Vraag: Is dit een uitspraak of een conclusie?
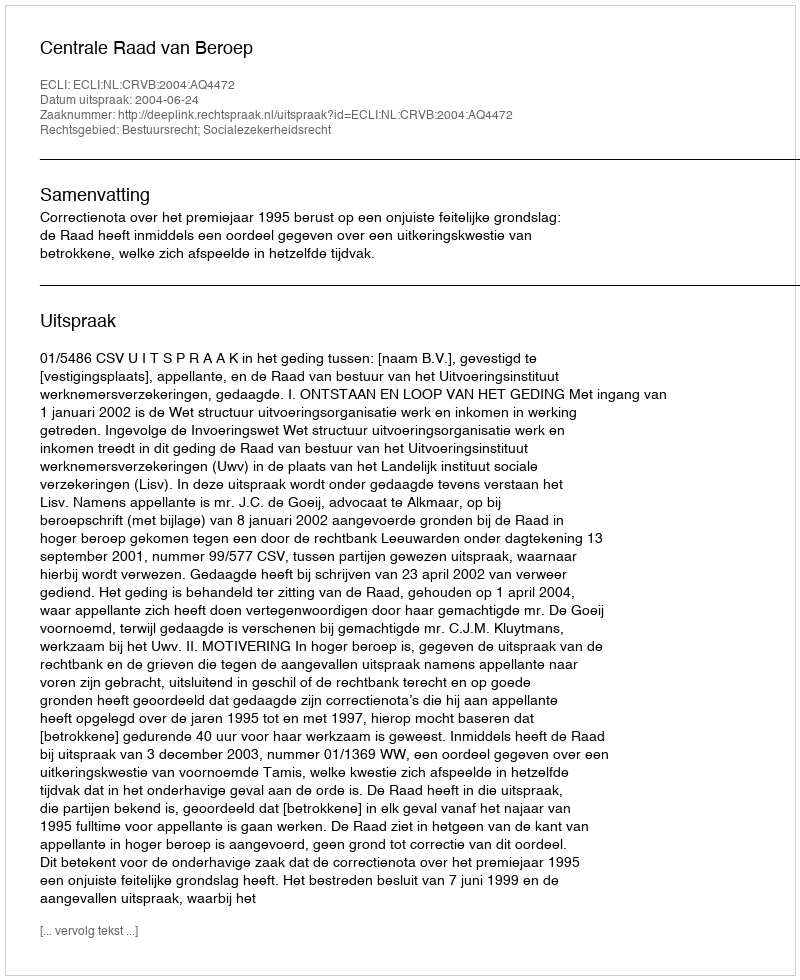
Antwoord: Uitspraak